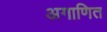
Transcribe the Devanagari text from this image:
अगाणित